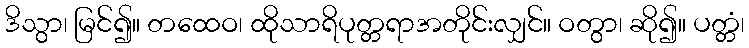
ဒိသွာ၊ မြင်၍။ တထေဝ၊ ထိုသာရိပုတ္တရာအတိုင်းလျှင်။ ဝတွာ၊ ဆို၍။ ပတ္တံ၊